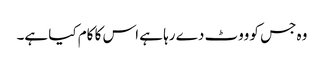
وہ جس کو ووٹ دے رہا ہے اس کا کام کیا ہے۔